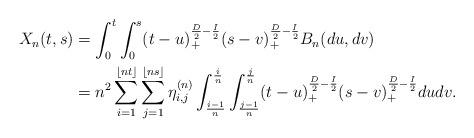
LaTeX: \begin{align*}X_{n}(t, s)&=\int_{0}^{t}\int_{0}^{s}(t-u)_{+}^{\frac{D}{2}-\frac{I}{2}}(s-v)_{+}^{\frac{D}{2}-\frac{I}{2}}B_{n}(du, dv)\\&=n^{2}\sum_{i=1}^{\lfloor nt\rfloor}\sum_{j=1}^{\lfloor ns\rfloor}\eta_{i, j}^{(n)}\int_{\frac{i-1}{n}}^{\frac{i}{n}}\int_{\frac{j-1}{n}}^{\frac{j}{n}}(t-u)_{+}^{\frac{D}{2}-\frac{I}{2}}(s-v)_{+}^{\frac{D}{2}-\frac{I}{2}}dudv.\end{align*}